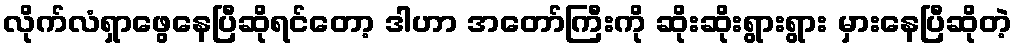
လိုက်လံရှာဖွေနေပြီဆိုရင်တော့ ဒါဟာ အတော်ကြီးကို ဆိုးဆိုးရွားရွား မှားနေပြီဆိုတဲ့